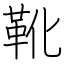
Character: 靴